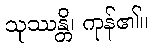
သုဿန္တိ၊ ကုန်၏။